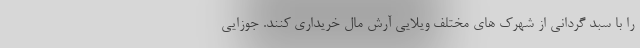
را با سبد گردانی از شهرک های مختلف ویلایی آرش مال خریداری کنند. جوزایی